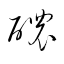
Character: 醲